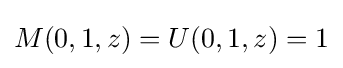
M(0,1,z)=U(0,1,z)=1